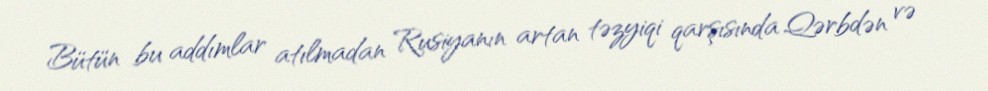
Bütün bu addımlar atılmadan Rusiyanın artan təzyiqi qarşısında Qərbdən və